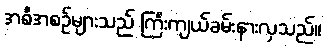
အစီအစဉ်များသည် ကြီးကျယ်ခမ်းနားလှသည်။